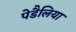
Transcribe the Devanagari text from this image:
पेडैलिया